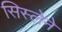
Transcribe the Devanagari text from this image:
सिस्लेने